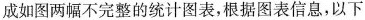
成如图两幅不完整的统计图表，根据图表信息，以下